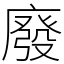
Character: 廢